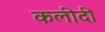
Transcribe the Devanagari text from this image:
कलीदी